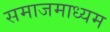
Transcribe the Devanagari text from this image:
समाजमाध्यम